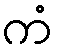
ကံ